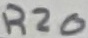
Text: R20